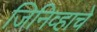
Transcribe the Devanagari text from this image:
जिनिव्हाचे